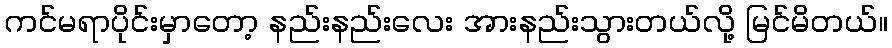
ကင်မရာပိုင်းမှာတော့ နည်းနည်းလေး အားနည်းသွားတယ်လို့ မြင်မိတယ်။